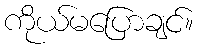
ကိုယ်မပြောချင်။